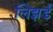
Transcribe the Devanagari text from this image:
लिझर्ड